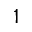
1